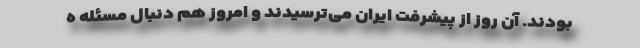
بودند. آن روز از پیشرفت ایران می‌ترسیدند و امروز هم دنبال مسئله ه